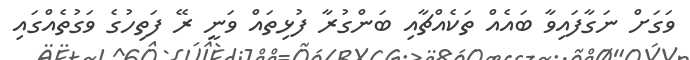
ވަގަށް ނަގާފައިވާ ބައެއް ތަކެއްޗާއި ބަންގުރާ ފުޅިތައް ވަނީ ރޭ ފަތިހުގެ ވަގުތެއްގައި